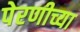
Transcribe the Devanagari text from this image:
पेरणीच्या